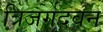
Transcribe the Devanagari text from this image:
त्रिजगदवन